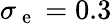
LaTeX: \sigma_{\mathrm{~e~}}=0.3